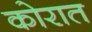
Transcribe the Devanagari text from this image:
कोरात